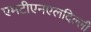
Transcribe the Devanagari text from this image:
एमटीएनएलदिल्ली